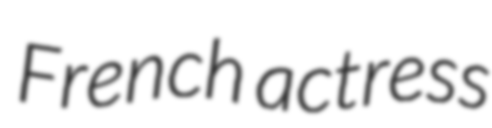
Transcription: French actress